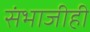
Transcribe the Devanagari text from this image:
संभाजीही